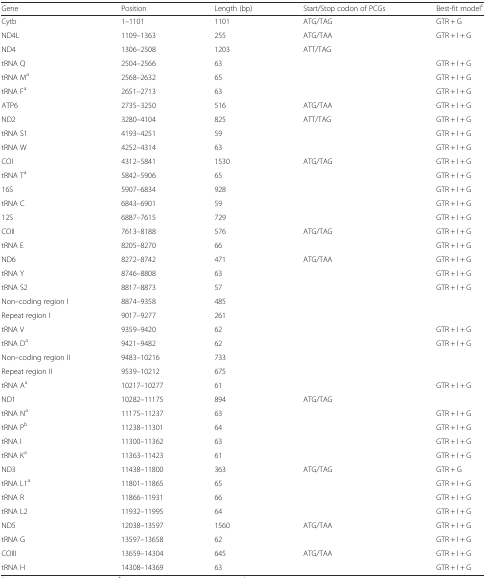
<table><thead><tr><td><b>Gene</b></td><td><b>Position</b></td><td><b>Length (bp)</b></td><td><b>Start/Stop codon of PCGs</b></td><td><b>Best-fit model<sup>c</sup></b></td></tr></thead><tbody><tr><td>Cytb</td><td>1–1101</td><td>1101</td><td>ATG/TAG</td><td>GTR + G</td></tr><tr><td>ND4L</td><td>1109–1363</td><td>255</td><td>ATG/TAA</td><td>GTR + I + G</td></tr><tr><td>ND4</td><td>1306–2508</td><td>1203</td><td>ATT/TAG</td><td></td></tr><tr><td>tRNA Q</td><td>2504–2566</td><td>63</td><td></td><td>GTR + I + G</td></tr><tr><td>tRNA M<sup>a</sup></td><td>2568–2632</td><td>65</td><td></td><td>GTR + I + G</td></tr><tr><td>tRNA F<sup>a</sup></td><td>2651–2713</td><td>63</td><td></td><td>GTR + I + G</td></tr><tr><td>ATP6</td><td>2735–3250</td><td>516</td><td>ATG/TAA</td><td>GTR + I + G</td></tr><tr><td>ND2</td><td>3280–4104</td><td>825</td><td>ATT/TAG</td><td>GTR + I + G</td></tr><tr><td>tRNA S1</td><td>4193–4251</td><td>59</td><td></td><td>GTR + I + G</td></tr><tr><td>tRNA W</td><td>4252–4314</td><td>63</td><td></td><td>GTR + I + G</td></tr><tr><td>COI</td><td>4312–5841</td><td>1530</td><td>ATG/TAG</td><td>GTR + I + G</td></tr><tr><td>tRNA T<sup>a</sup></td><td>5842–5906</td><td>65</td><td></td><td>GTR + I + G</td></tr><tr><td>16S</td><td>5907–6834</td><td>928</td><td></td><td>GTR + I + G</td></tr><tr><td>tRNA C</td><td>6843–6901</td><td>59</td><td></td><td>GTR + I + G</td></tr><tr><td>12S</td><td>6887–7615</td><td>729</td><td></td><td>GTR + I + G</td></tr><tr><td>COII</td><td>7613–8188</td><td>576</td><td>ATG/TAG</td><td>GTR + I + G</td></tr><tr><td>tRNA E</td><td>8205–8270</td><td>66</td><td></td><td>GTR + I + G</td></tr><tr><td>ND6</td><td>8272–8742</td><td>471</td><td>ATG/TAA</td><td>GTR + I + G</td></tr><tr><td>tRNA Y</td><td>8746–8808</td><td>63</td><td></td><td>GTR + I + G</td></tr><tr><td>tRNA S2</td><td>8817–8873</td><td>57</td><td></td><td>GTR + I + G</td></tr><tr><td>Non–coding region I</td><td>8874–9358</td><td>485</td><td></td><td></td></tr><tr><td>Repeat region I</td><td>9017–9277</td><td>261</td><td></td><td></td></tr><tr><td>tRNA V</td><td>9359–9420</td><td>62</td><td></td><td>GTR + I + G</td></tr><tr><td>tRNA D<sup>a</sup></td><td>9421–9482</td><td>62</td><td></td><td>GTR + I + G</td></tr><tr><td>Non–coding region II</td><td>9483–10216</td><td>733</td><td></td><td></td></tr><tr><td>Repeat region II</td><td>9539–10212</td><td>675</td><td></td><td></td></tr><tr><td>tRNA A<sup>a</sup></td><td>10217–10277</td><td>61</td><td></td><td>GTR + I + G</td></tr><tr><td>ND1</td><td>10282–11175</td><td>894</td><td>ATG/TAG</td><td></td></tr><tr><td>tRNA N<sup>a</sup></td><td>11175–11237</td><td>63</td><td></td><td>GTR + I + G</td></tr><tr><td>tRNA P<sup>b</sup></td><td>11238–11301</td><td>64</td><td></td><td>GTR + I + G</td></tr><tr><td>tRNA I</td><td>11300–11362</td><td>63</td><td></td><td>GTR + I + G</td></tr><tr><td>tRNA K<sup>a</sup></td><td>11363–11423</td><td>61</td><td></td><td>GTR + I + G</td></tr><tr><td>ND3</td><td>11438–11800</td><td>363</td><td>ATG/TAG</td><td>GTR + G</td></tr><tr><td>tRNA L1<sup>a</sup></td><td>11801–11865</td><td>65</td><td></td><td>GTR + I + G</td></tr><tr><td>tRNA R</td><td>11866–11931</td><td>66</td><td></td><td>GTR + I + G</td></tr><tr><td>tRNA L2</td><td>11932–11995</td><td>64</td><td></td><td>GTR + I + G</td></tr><tr><td>ND5</td><td>12038–13597</td><td>1560</td><td>ATG/TAA</td><td>GTR + I + G</td></tr><tr><td>tRNA G</td><td>13597–13658</td><td>62</td><td></td><td>GTR + I + G</td></tr><tr><td>COIII</td><td>13659–14304</td><td>645</td><td>ATG/TAA</td><td>GTR + I + G</td></tr><tr><td>tRNA H</td><td>14308–14369</td><td>63</td><td></td><td>GTR + I + G</td></tr></tbody></table>